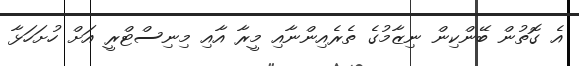
އެ ގޮތުން ބޭންކިން ނިޒާމުގެ ތެރެއިންނާއި މީރާ އާއި މިނިސްޓްރީ އަށް ހުށަހަޅާ